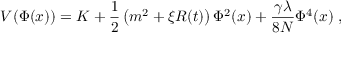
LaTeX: V ( \Phi ( x ) ) = K + \frac 1 2 \left( m ^ { 2 } + \xi { \cal R } ( t ) \right) \Phi ^ { 2 } ( x ) + \frac { \gamma \lambda } { 8 N } \Phi ^ { 4 } ( x ) \; ,